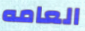
العامه